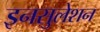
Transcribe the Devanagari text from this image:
इनसुलेशन